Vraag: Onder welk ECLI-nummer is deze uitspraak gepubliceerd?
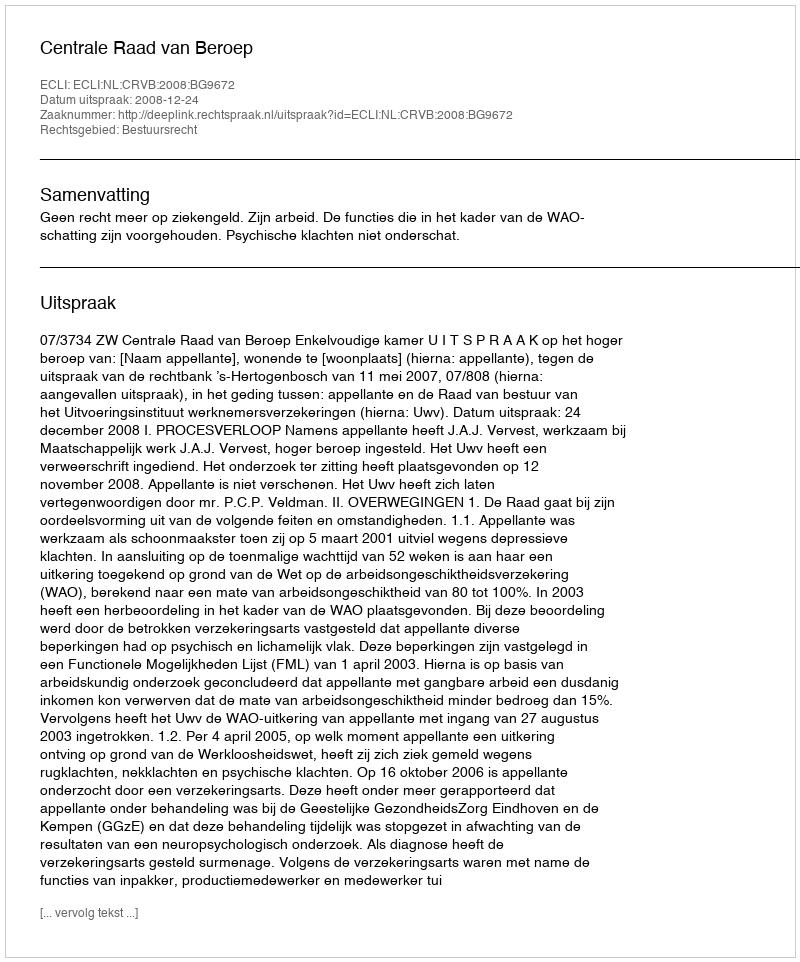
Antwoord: ECLI:NL:CRVB:2008:BG9672